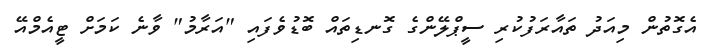
އެގޮތުން މިއަދު ތައާރަފުކުރި ސީޕްލޭންގެ ގޮނޑިތައް ބޮޑުވެފައި "އަރާމު" ވާނެ ކަމަށް ޓީއެމްއޭ